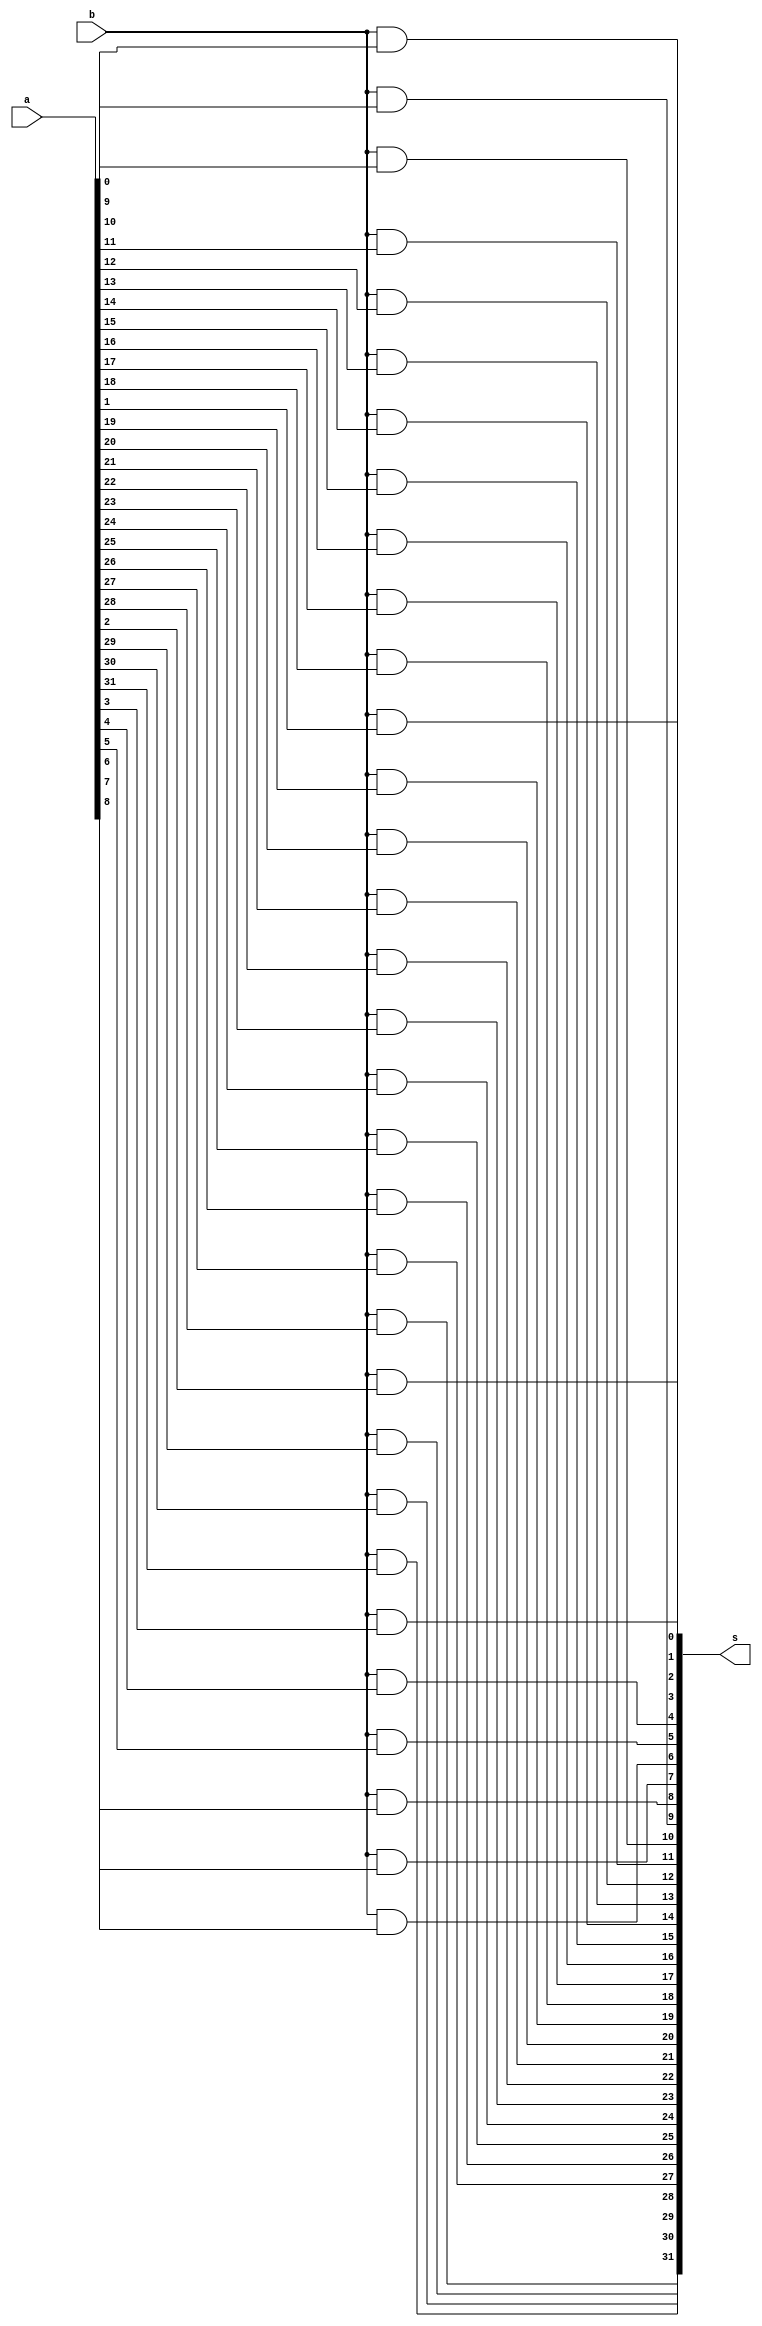
`timescale 1ns / 1ps
//////////////////////////////////////////////////////////////////////////////////
// Company: 
// Engineer: 
// 
// Design Name: 
// Module Name: prts
// Project Name: 
// Target Devices: 
// Tool Versions: 
// Description: 
// 
// Dependencies: 
// 
// Revision:
// Revision 0.01 - File Created
// Additional Comments:
// 
//////////////////////////////////////////////////////////////////////////////////


module prts(

    input [31:0] a,
    input b,
    output [31:0] s
    );
    genvar i;
    generate
    for(i=0;i<32;i=i+1)
    begin
    assign s[i] = b & a[i];
    end
    endgenerate
endmodule